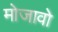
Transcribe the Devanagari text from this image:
मोजावो